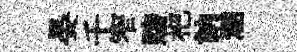
晏千窄賭杷訥溷